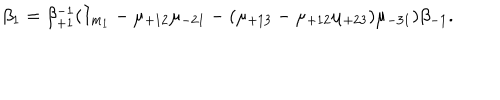
\beta _ { 1 } = \beta _ { + 1 } ^ { - 1 } ( I _ { m _ { 1 } } - \mu _ { + 1 2 } \mu _ { - 2 1 } - ( \mu _ { + 1 3 } - \mu _ { + 1 2 } \mu _ { + 2 3 } ) \mu _ { - 3 1 } ) \beta _ { - 1 } .